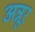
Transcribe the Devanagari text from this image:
अन्नूर